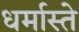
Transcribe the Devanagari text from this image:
धर्मास्ते